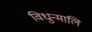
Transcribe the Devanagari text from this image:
विधुन्मालि